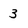
Character: 3